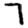
Digit: 7